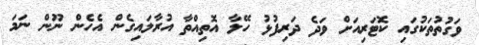
ވަގުތުތަކުގައި ކޮޓަރިއަށް ވަދެ ދަރިފުޅު ހޭލާ އޮތިއްތާ އުރާލައިގެން އެހެން ނޫން ނަމަ